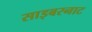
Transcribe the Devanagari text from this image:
साइबरनाट